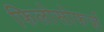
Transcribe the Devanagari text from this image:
फिलोसोफर्ज़